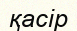
қасір